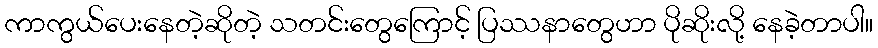
ကာကွယ်ပေးနေတဲ့ဆိုတဲ့ သတင်းတွေကြောင့် ပြဿနာတွေဟာ ပိုဆိုးလို့ နေခဲ့တာပါ။